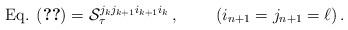
LaTeX: \begin{align*}\mbox{Eq. (\ref{gn-2})} = {\cal S}_\tau^{j_k j_{k + 1} i_{k + 1} i_k} \, , \;\;\;\;\;\;\;\; (i_{n + 1} = j_{n + 1} = \ell) \, .\end{align*}